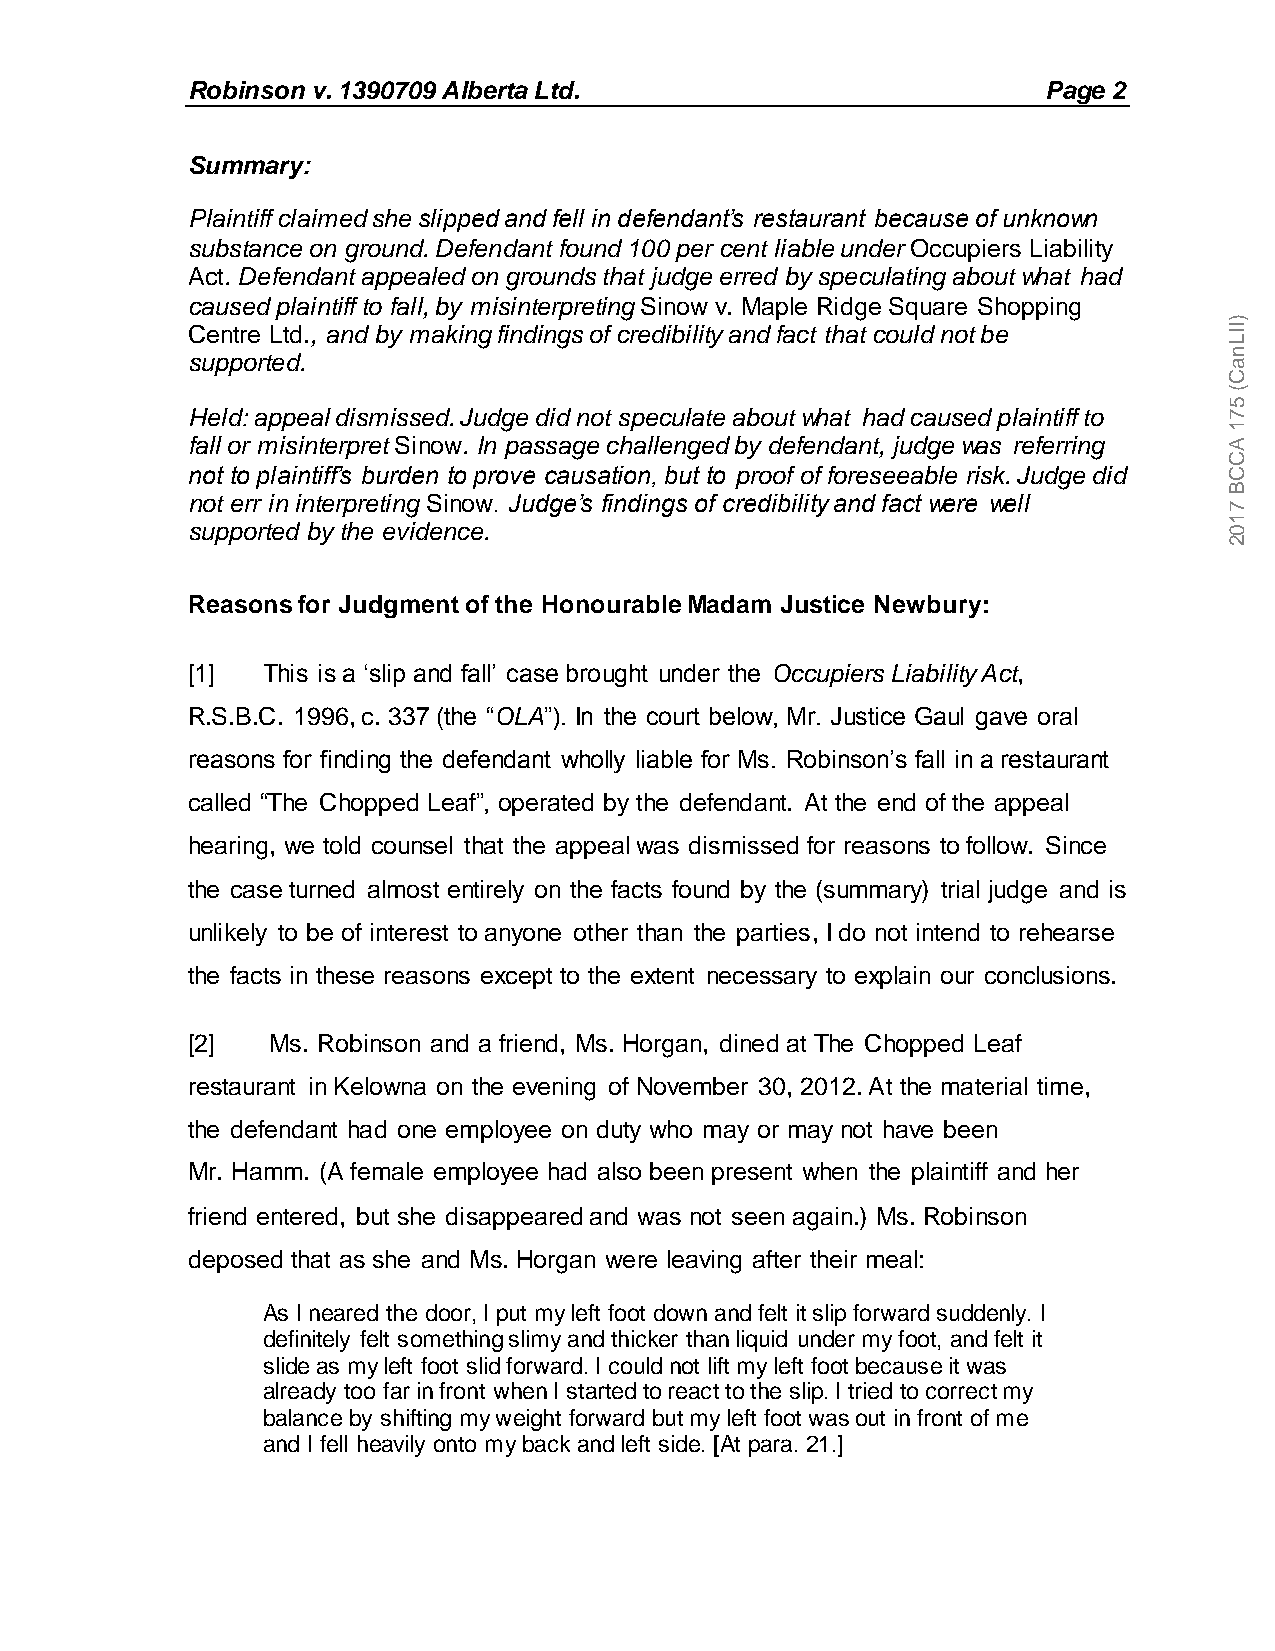
Robinson v. 1390709 Alberta Ltd.                         Page 2
 Summary:
 Plaintiff claimed she slipped and fell in defendant’s restaurant because of unknown
 substance on ground. Defendant found 100 per cent liable under Occupiers Liability
 Act. Defendant appealed on grounds that judge erred by speculating about what had
 caused plaintiff to fall, by misinterpreting Sinow v. Maple Ridge Square Shopping
 Centre Ltd., and by making findings of credibility and fact that could not be
 supported.
 Held: appeal dismissed. Judge did not speculate about what had caused plaintiff to
 fall or misinterpret Sinow. In passage challenged by defendant, judge was referring
 not to plaintiff’s burden to prove causation, but to proof of foreseeable risk. Judge did
 not err in interpreting Sinow. Judge’s findings of credibility and fact were well
 supported by the evidence.
 Reasons for Judgment of the Honourable Madam Justice Newbury:
 [1]  This is a ‘slip and fall’ case brought under the Occupiers Liability Act,
 R.S.B.C. 1996, c. 337 (the “OLA”). In the court below, Mr. Justice Gaul gave oral
 reasons for finding the defendant wholly liable for Ms. Robinson’s fall in a restaurant
 called “The Chopped Leaf”, operated by the defendant. At the end of the appeal
 hearing, we told counsel that the appeal was dismissed for reasons to follow. Since
 the case turned almost entirely on the facts found by the (summary) trial judge and is
 unlikely to be of interest to anyone other than the parties, I do not intend to rehearse
 the facts in these reasons except to the extent necessary to explain our conclusions.
 [2]   Ms. Robinson and a friend, Ms. Horgan, dined at The Chopped Leaf
 restaurant in Kelowna on the evening of November 30, 2012. At the material time,
 the defendant had one employee on duty who may or may not have been
 Mr. Hamm. (A female employee had also been present when the plaintiff and her
 friend entered, but she disappeared and was not seen again.) Ms. Robinson
 deposed that as she and Ms. Horgan were leaving after their meal:
 As I neared the door, I put my left foot down and felt it slip forward suddenly. I
 definitely felt something slimy and thicker than liquid under my foot, and felt it
 slide as my left foot slid forward. I could not lift my left foot because it was
 already too far in front when I started to react to the slip. I tried to correct my
 balance by shifting my weight forward but my left foot was out in front of me
 and I fell heavily onto my back and left side. [At para. 21.]
 )IILnaC(
 571
 ACCB
 7102